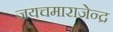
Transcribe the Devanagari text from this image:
जयचमाराजेन्द्र